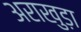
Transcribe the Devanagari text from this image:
अराखुड़ा